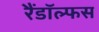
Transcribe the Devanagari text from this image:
रैंडॉल्फस